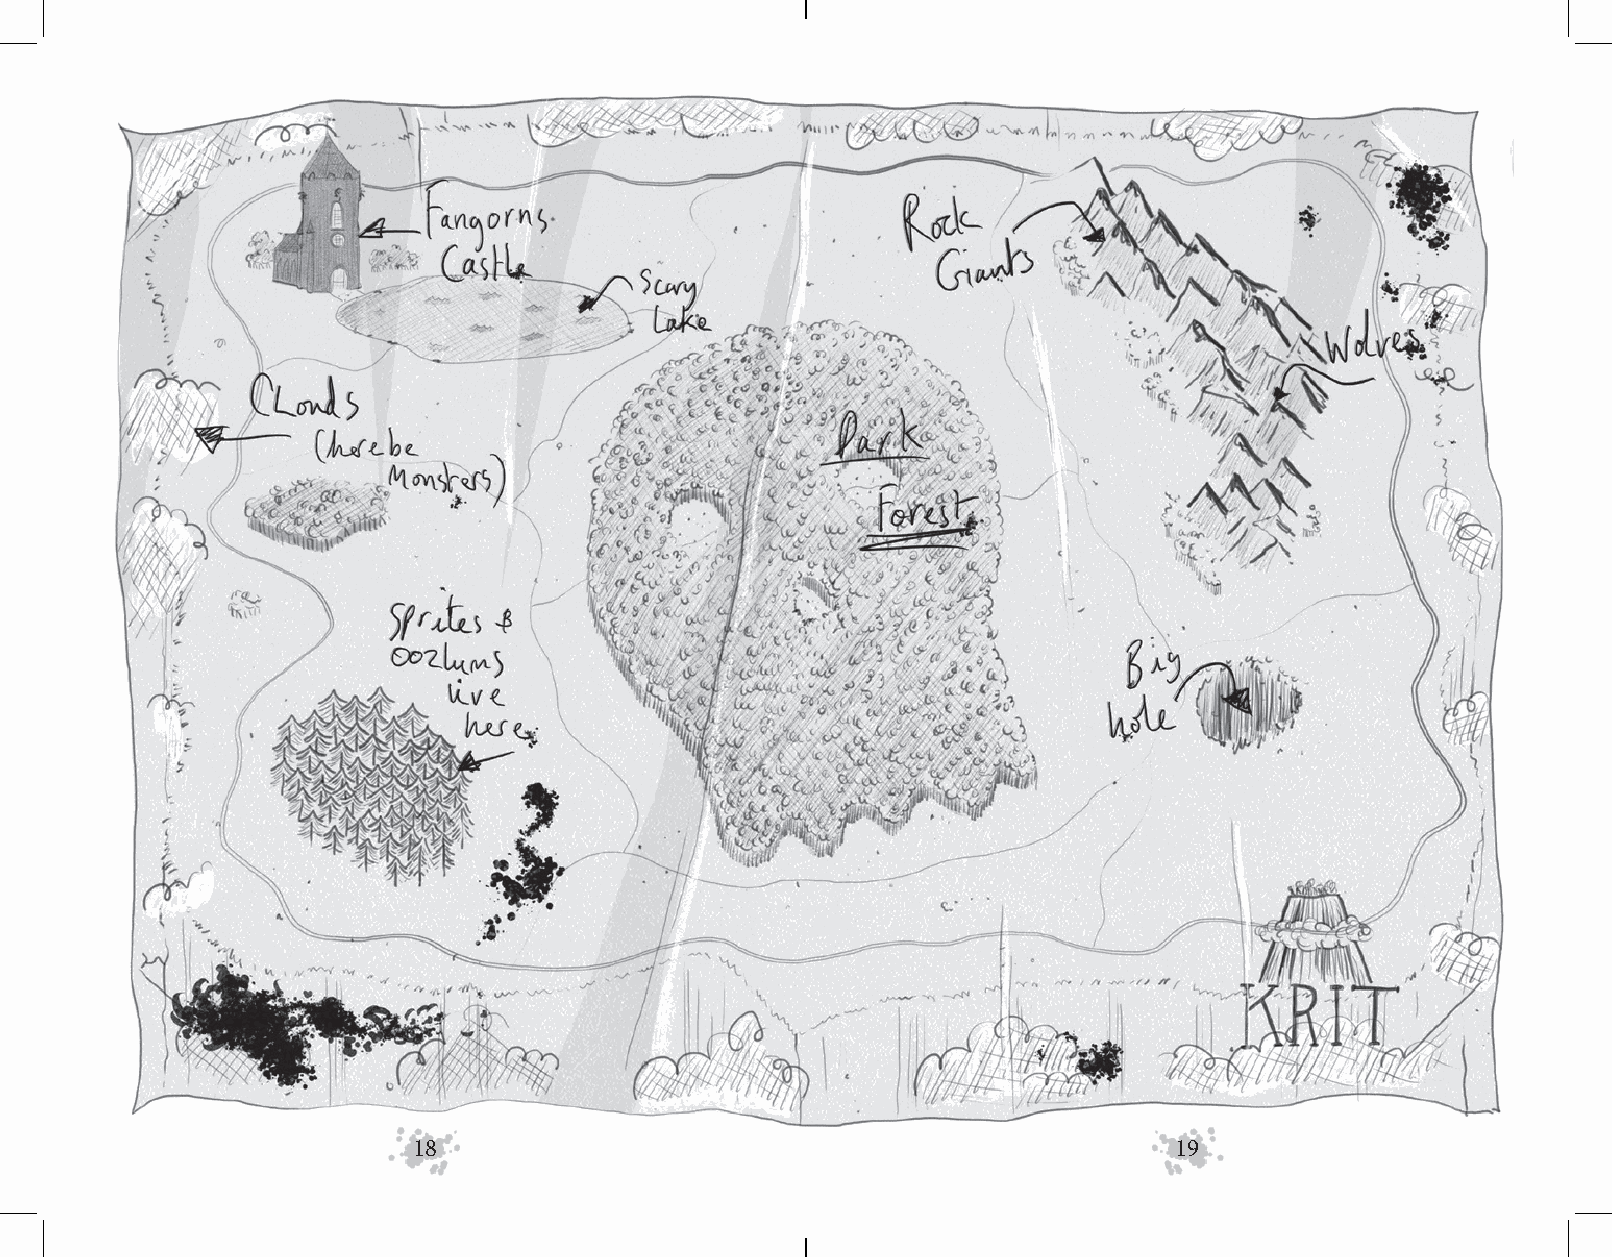
18                                                 19